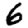
Digit: 6